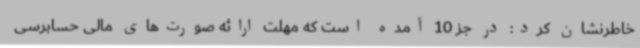
خاطرنشان کرد: در جز 10 آمده است که مهلت ارائه صورت‌های مالی حسابرسی